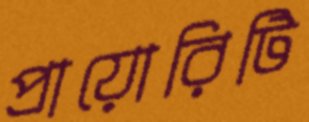
প্রায়োরিটি